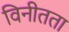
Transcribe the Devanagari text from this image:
विनीतता